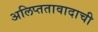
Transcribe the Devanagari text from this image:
अलिप्ततावादाची